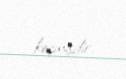
keçmişdir.